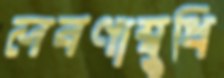
লবণাম্বুধি